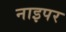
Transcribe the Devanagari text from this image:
नाइपर